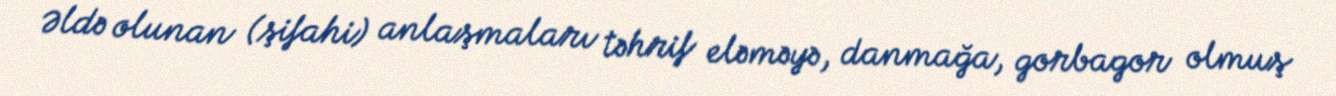
Əldə olunan (şifahi) anlaşmaları təhrif eləməyə, danmağa, gorbagor olmuş